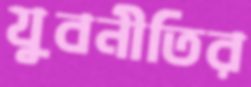
যুবনীতির